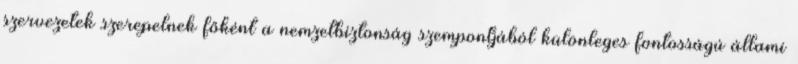
szervezetek szerepelnek főként a nemzetbiztonság szempontjából különleges fontosságú állami